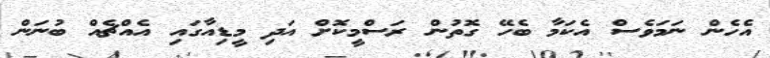
އެހެން ނަމަވެސް އެކަމާ ބެހޭ ގޮތުން ރަސްމީކޮށް އަދި މީޑިއާގައި އެއްޗެއް ބުނަން